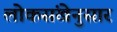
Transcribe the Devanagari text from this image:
लोकसंखेनुसार